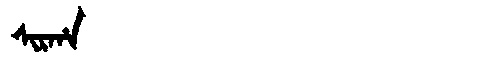
Manchu: ᠰᡳᡵᡥᠠ
Romanization: SIRHA